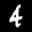
Label: 4